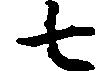
七